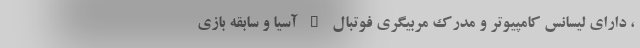
، دارای لیسانس کامپیوتر و مدرک مربیگری فوتبال B آسيا و سابقه بازی